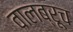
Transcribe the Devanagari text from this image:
वालब्रूच